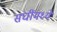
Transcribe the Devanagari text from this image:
संघींमध्ये